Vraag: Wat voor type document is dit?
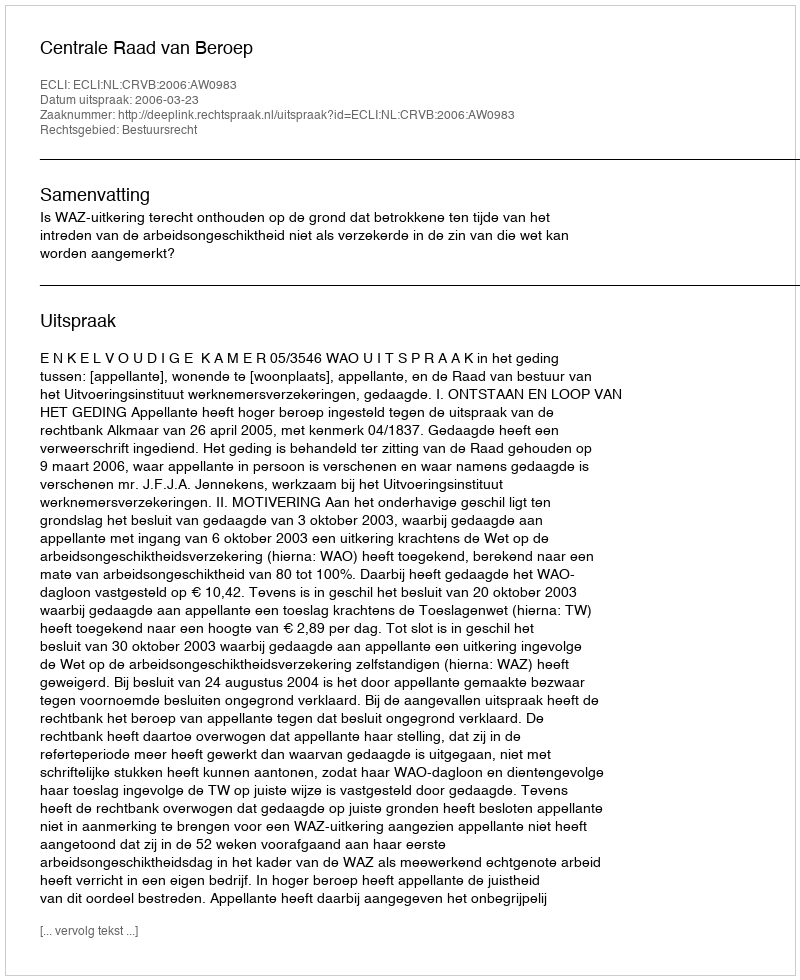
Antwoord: Uitspraak